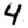
Digit: 4